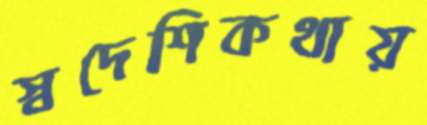
স্বদেশিকথায়